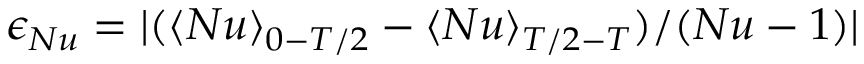
\epsilon _ { N u } = | ( \langle N u \rangle _ { 0 - T / 2 } - \langle N u \rangle _ { T / 2 - T } ) / ( N u - 1 ) |